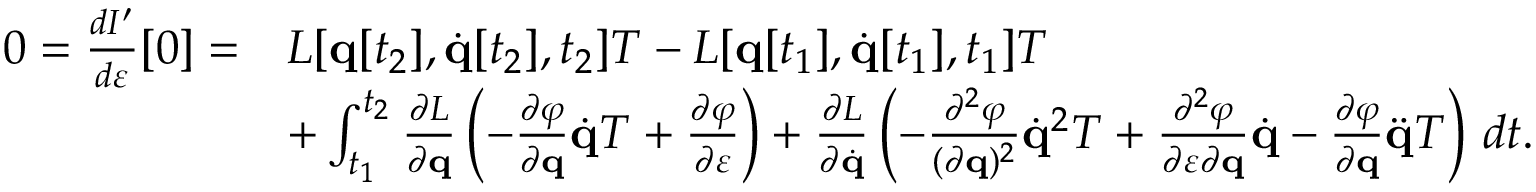
{ \begin{array} { r l } { 0 = { \frac { d I ^ { \prime } } { d \varepsilon } } [ 0 ] = } & { L [ \mathbf { q } [ t _ { 2 } ] , { \dot { \mathbf { q } } } [ t _ { 2 } ] , t _ { 2 } ] T - L [ \mathbf { q } [ t _ { 1 } ] , { \dot { \mathbf { q } } } [ t _ { 1 } ] , t _ { 1 } ] T } \\ & { + \int _ { t _ { 1 } } ^ { t _ { 2 } } { \frac { \partial L } { \partial \mathbf { q } } } \left( - { \frac { \partial \varphi } { \partial \mathbf { q } } } { \dot { \mathbf { q } } } T + { \frac { \partial \varphi } { \partial \varepsilon } } \right) + { \frac { \partial L } { \partial { \dot { \mathbf { q } } } } } \left( - { \frac { \partial ^ { 2 } \varphi } { ( \partial \mathbf { q } ) ^ { 2 } } } { \dot { \mathbf { q } } } ^ { 2 } T + { \frac { \partial ^ { 2 } \varphi } { \partial \varepsilon \partial \mathbf { q } } } { \dot { \mathbf { q } } } - { \frac { \partial \varphi } { \partial \mathbf { q } } } { \ddot { \mathbf { q } } } T \right) \, d t . } \end{array} }